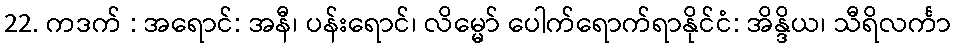
22. ကဒက် : အရောင်: အနီ၊ ပန်းရောင်၊ လိမ္မော် ပေါက်ရောက်ရာနိုင်ငံ: အိန္ဒိယ၊ သီရိလင်္ကာ